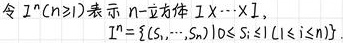
令 $I^n(n \geqslant 1)$ 表示 $n-$立方体 $I \times \cdots \times I$,
\[
I^n=\left\{\left(s_1, \cdots, s_n\right) \mid 0 \leqslant s_i \leqslant 1(i \leqslant n)\right\}
\]